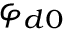
\varphi _ { d 0 }